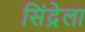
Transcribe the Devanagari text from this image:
सिंद्रेला